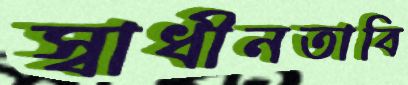
স্বাধীনতাবি